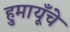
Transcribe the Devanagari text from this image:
हुमायूँचे